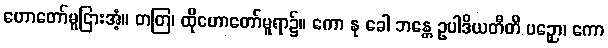
ဟောတော်မူငြားအံ့။ တတြ၊ ထိုဟောတော်မူရာ၌။ ကော နု ခေါ ဘန္တေ ဥပါဒိယတီတိ ပဉှော၊ ကော